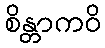
စိန္တာကဝိ